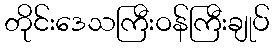
တိုင်းဒေသကြီးဝန်ကြီးချုပ်